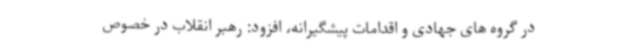
در گروه های جهادی و اقدامات پیشگیرانه، افزود: رهبر انقلاب در خصوص